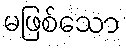
မဖြစ်သော